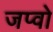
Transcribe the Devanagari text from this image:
जप्वो